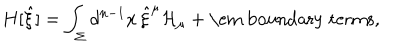
LaTeX: H [ { \hat { \xi } } ] = \int _ { \Sigma } d ^ { n - 1 } x \, { \hat { \xi } } ^ { \mu } { \cal H } _ { \mu } + \mathrm { \em ~ b o u n d a r y ~ t e r m s } ,